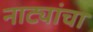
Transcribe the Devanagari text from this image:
नाट्यांचा